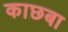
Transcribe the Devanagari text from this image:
काछबा